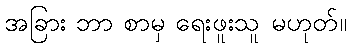
အခြား ဘာ စာမှ ရေးဖူးသူ မဟုတ်။